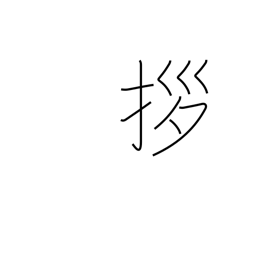
Meaning: draw close